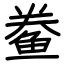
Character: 鲞